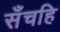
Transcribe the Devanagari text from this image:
सँचहि